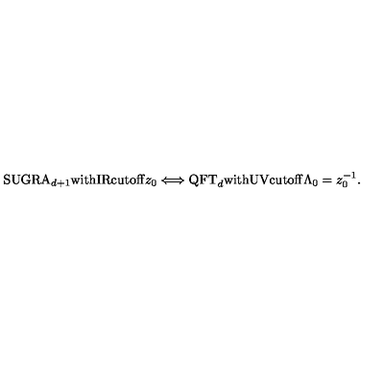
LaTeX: \mathrm { S U G R A } _ { d + 1 } \mathrm { w i t h I R c u t o f f } z _ { 0 } \Longleftrightarrow \mathrm { Q F T } _ { d } \mathrm { w i t h U V c u t o f f } \Lambda _ { 0 } = z _ { 0 } ^ { - 1 } .